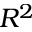
R ^ { 2 }